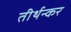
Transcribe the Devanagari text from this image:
तीर्थन्कर